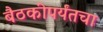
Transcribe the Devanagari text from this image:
बैठकींपर्यंतचा